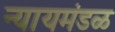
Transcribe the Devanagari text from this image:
न्यायमंडळ